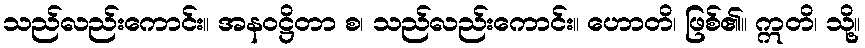
သည်လည်းကောင်း။ အနဝဋ္ဌိတာ စ၊ သည်လည်းကောင်း။ ဟောတိ၊ ဖြစ်၏။ ဣတိ၊ သို့။